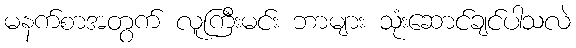
မနက်စာအတွက် လူကြီးမင်း ဘာများ သုံးဆောင်ချင်ပါသလဲ